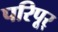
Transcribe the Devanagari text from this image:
परिपूर्